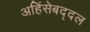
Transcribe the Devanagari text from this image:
अहिंसेबद्दल